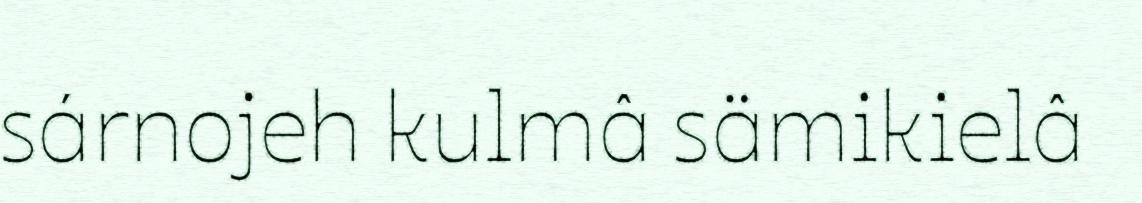
sárnojeh kulmâ sämikielâ